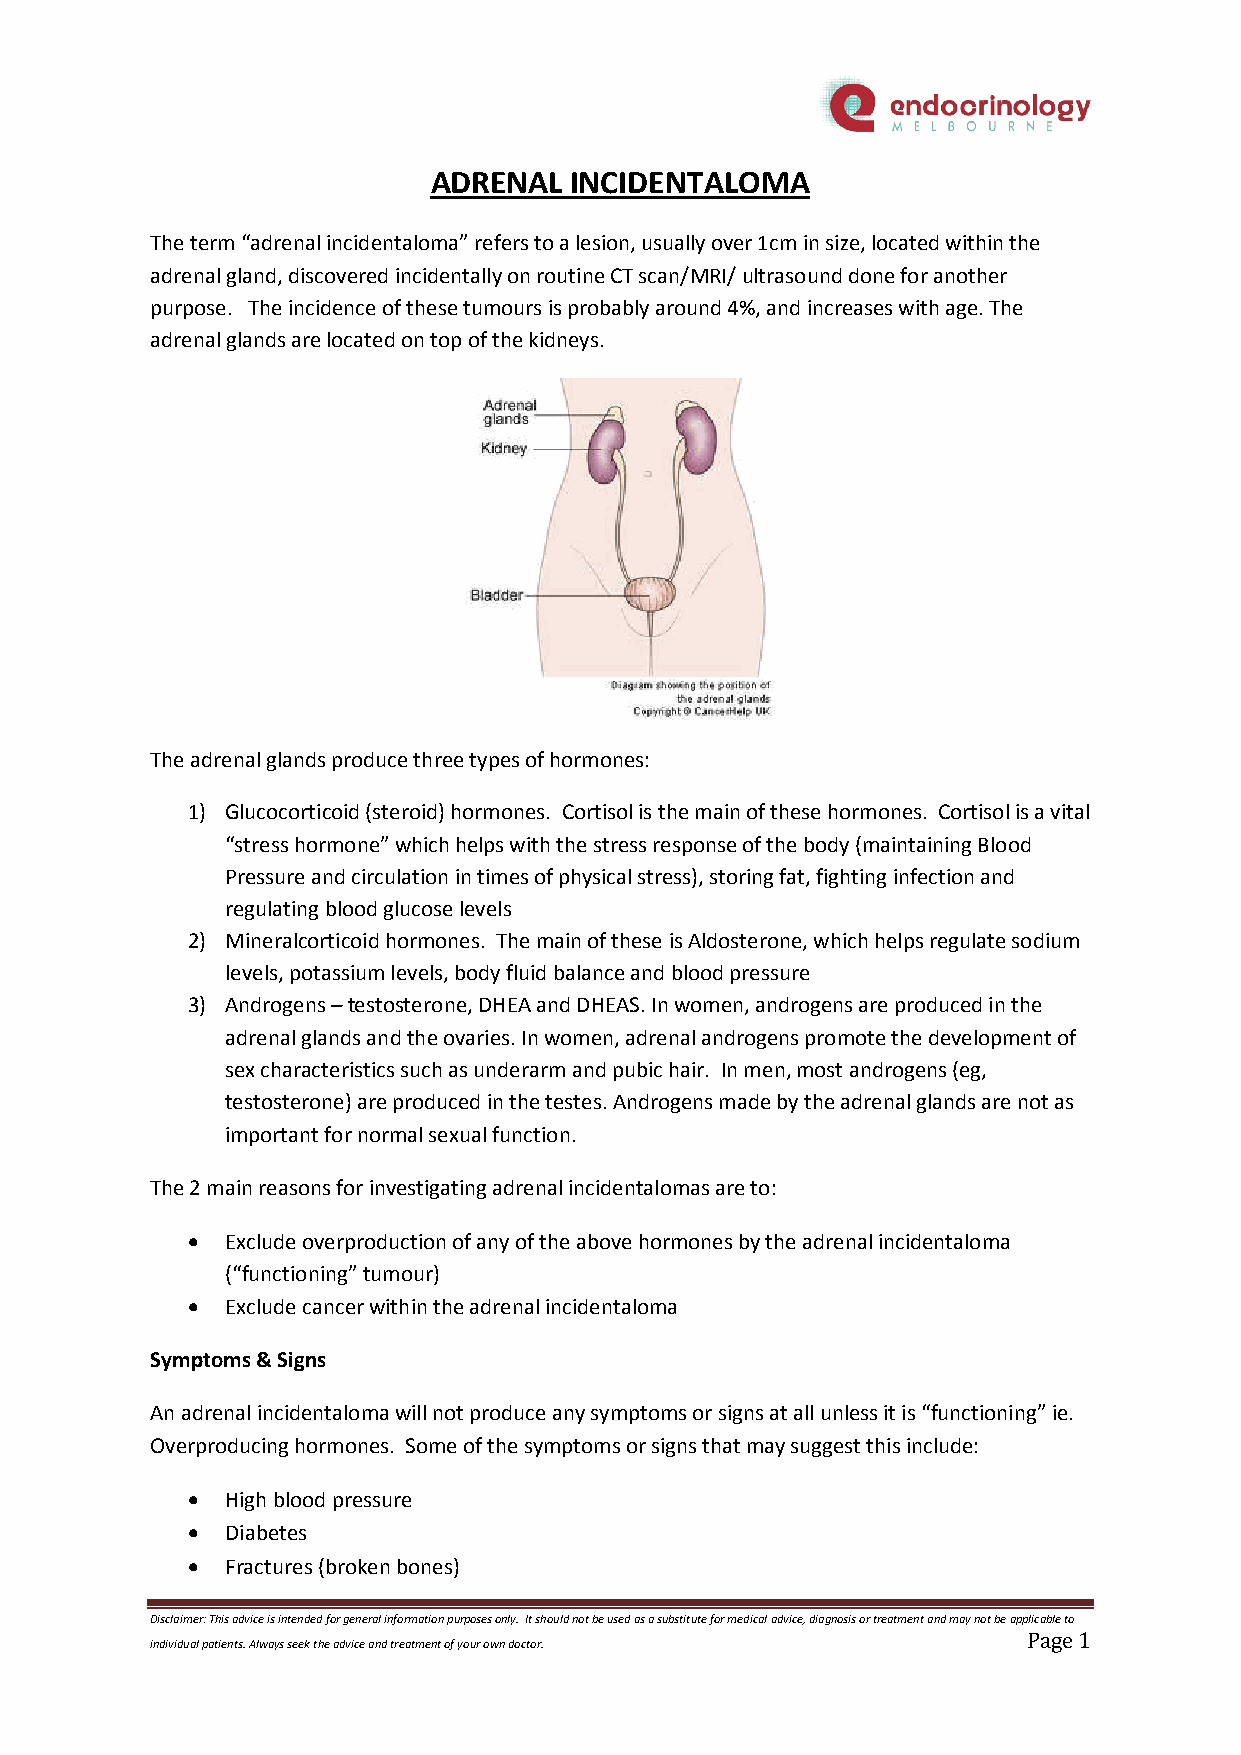
ADRENAL   INCIDENTALOMA
 The term “adrenal incidentaloma” refers to a lesion, usually over 1cm in size, located within the
 adrenal gland, discovered incidentally on routine CT scan/MRI/ ultrasound done for another
 purpose. The incidence of these tumours is probably around 4%, and increases with age. The
 adrenal glands are located on top of the kidneys.
 The adrenal glands produce three types of hormones:
 1) Glucocorticoid (steroid) hormones. Cortisol is the main of these hormones. Cortisol is a vital
 “stress hormone” which helps with the stress response of the body (maintaining Blood
 Pressure and circulation in times of physical stress), storing fat, fighting infection and
 regulating blood glucose levels
 2) Mineralcorticoid hormones. The main of these is Aldosterone, which helps regulate sodium
 levels, potassium levels, body fluid balance and blood pressure
 3) Androgens – testosterone, DHEA and DHEAS. In women, androgens are produced in the
 adrenal glands and the ovaries. In women, adrenal androgens promote the development of
 sex characteristics such as underarm and pubic hair. In men, most androgens (eg,
 testosterone) are produced in the testes. Androgens made by the adrenal glands are not as
 important for normal sexual function.
 The 2 main reasons for investigating adrenal incidentalomas are to:
   Exclude overproduction of any of the above hormones by the adrenal incidentaloma
 (“functioning” tumour)
   Exclude cancer within the adrenal incidentaloma
 Symptoms & Signs
 An adrenal incidentaloma will not produce any symptoms or signs at all unless it is “functioning” ie.
 Overproducing hormones. Some of the symptoms or signs that may suggest this include:
   High blood pressure
   Diabetes
   Fractures (broken bones)
 Disclaimer: This advice is intended for general information purposes only. It should not be used as a substitute for medical advice, diagnosis or treatment and may not be applicable to
 Page 1
 individual patients. Always seek the advice and treatment of your own doctor.